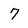
Character: 7